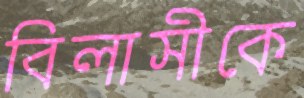
বিলাসীকে